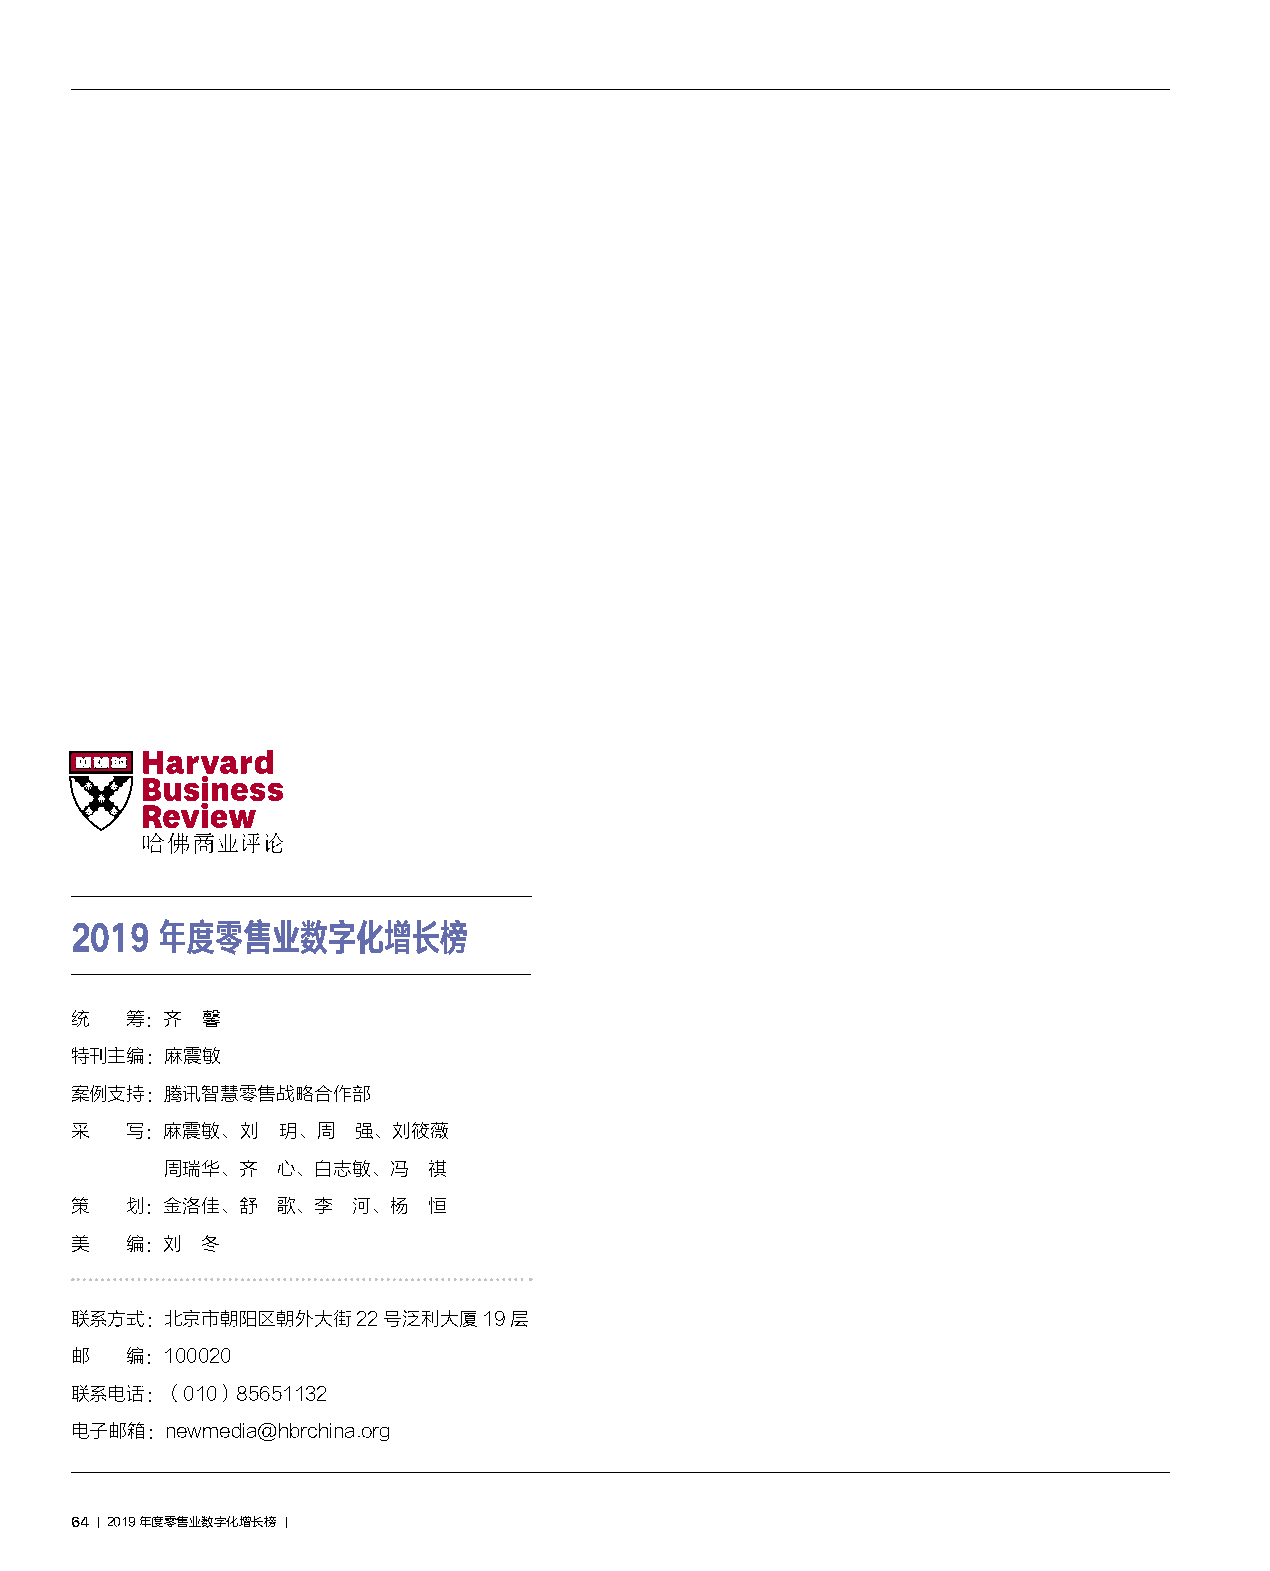
2019  年度零售业数字化增长榜
 统  筹：齐  馨
 特刊主编：麻震敏
 案例支持：腾讯智慧零售战略合作部
 采  写：麻震敏、刘   玥、周  强、刘筱薇
 周瑞华、齐  心、白志敏、冯   祺
 策  划：金洛佳、舒   歌、李  河、杨  恒
 美  编：刘  冬
 联系方式：北京市朝阳区朝外大街22号泛利大厦19层
 邮  编：100020
 联系电话：（010）85651132
 电子邮箱：newmedia@hbrchina.org
 64 ｜2019年度零售业数字化增长榜 ｜